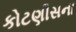
કોટણીસના